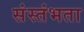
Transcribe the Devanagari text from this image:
संस्तंभता